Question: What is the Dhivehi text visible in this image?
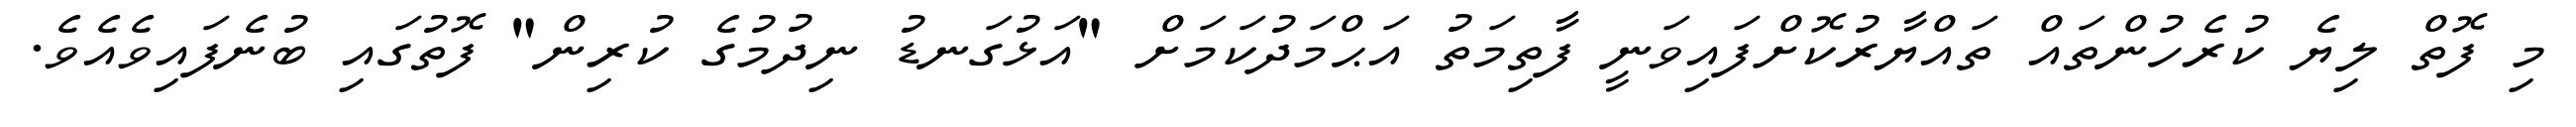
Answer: މި ފޮތް ލިޔެ ކުރެހުންތައް ތައްޔާރުކޮށްފައިވަނީ ފާތިމަތު އަޙްމަދުކަމަށް "އަޅުގަނޑު ނިދުމުގެ ކުރިން" ފޮތުގައި ބުނެފައިވެއެވެ.